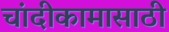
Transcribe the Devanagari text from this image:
चांदीकामासाठी